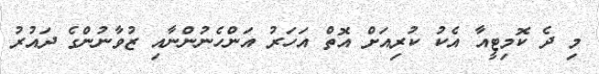
މި ދެ ކޮމިޓީއާ އެކު ކުރިއަށް އޮތް އަހަރު އަންހެނުންނާއި ޒުވާނުންގެ ދައުރު